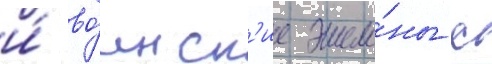
и́ во́инск'ие эшело́ны с